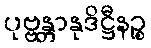
ပုဗ္ဗန္တာနုဒိဋ္ဌီနဉ္စ